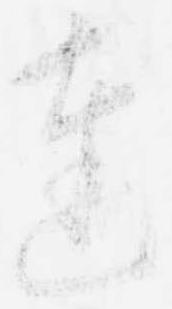
達